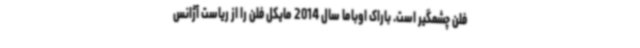
فلن چشمگیر است. باراک اوباما سال 2014 مایکل فلن را از ریاست آژانس